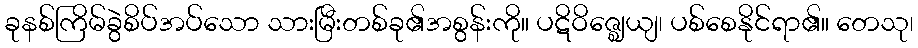
ခုနစ်ကြိမ်ခွဲစိပ်အပ်သော သားမြီးတစ်ခု၏အစွန်းကို။ ပဋိဝိဇ္ဈေယျ၊ ပစ်စေနိုင်ရာ၏။ တေသု၊